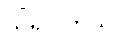
သိရပါတယ်။